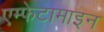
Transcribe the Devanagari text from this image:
एम्फेटामाइन